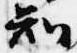
知